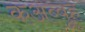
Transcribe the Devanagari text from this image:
कअब्बूह